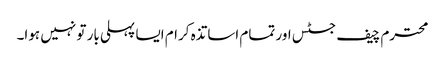
محترم چیف جسٹس اور تمام اساتذہ کرام ایسا پہلی بار تو نہیں ہوا۔